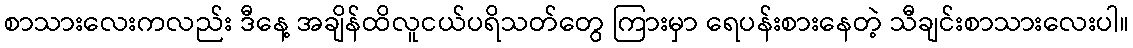
စာသားလေးကလည်း ဒီနေ့ အချိန်ထိလူငယ်ပရိသတ်တွေ ကြားမှာ ရေပန်းစားနေတဲ့ သီချင်းစာသားလေးပါ။